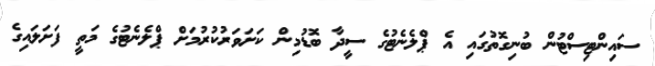
ސައިންޓިސްޓުން ބުނިގޮތުގައި އެ ޕްލެނެޓުގެ ސީދާ ބޮޑުމިން ކަށަވަރުކުރުމަށް ޕްލެނެޓުގެ މަތީ ފަށަލައިގެ